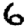
Digit: 6